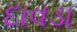
દાવડા